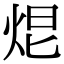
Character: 𤈑